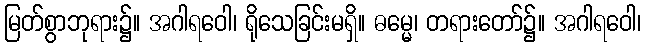
မြတ်စွာဘုရား၌။ အဂါရဝေါ၊ ရိုသေခြင်းမရှိ။ ဓမ္မေ၊ တရားတော်၌။ အဂါရဝေါ၊